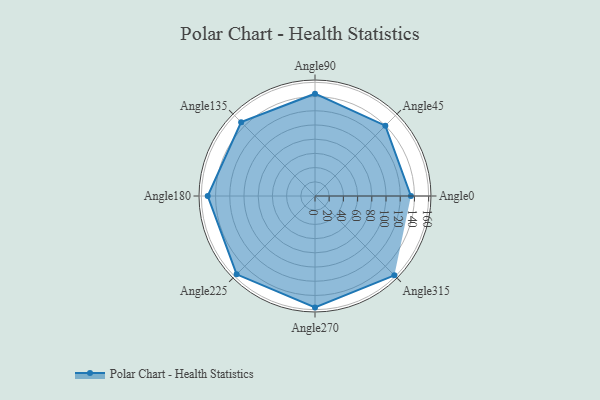
{"axis": {"x": "Angle", "y": "Radius"}, "legend": [""], "data": [{"x": "Angle0", "y": 135.0, "type": ""}, {"x": "Angle45", "y": 140.0, "type": ""}, {"x": "Angle90", "y": 144.0, "type": ""}, {"x": "Angle135", "y": 147.0, "type": ""}, {"x": "Angle180", "y": 151.0, "type": ""}, {"x": "Angle225", "y": 156.0, "type": ""}, {"x": "Angle270", "y": 157.0, "type": ""}, {"x": "Angle315", "y": 158.0, "type": ""}]}